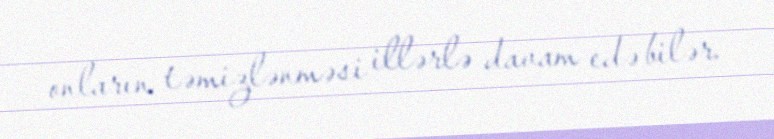
onların təmizlənməsi illərlə davam edə bilər.